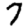
Digit: 7